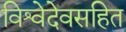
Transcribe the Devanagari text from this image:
विश्वेदेवसहित